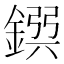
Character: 𨩸